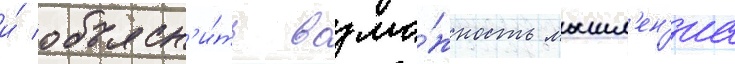
и́ объясн'и́ть возмо́жность мышл'ен'иа